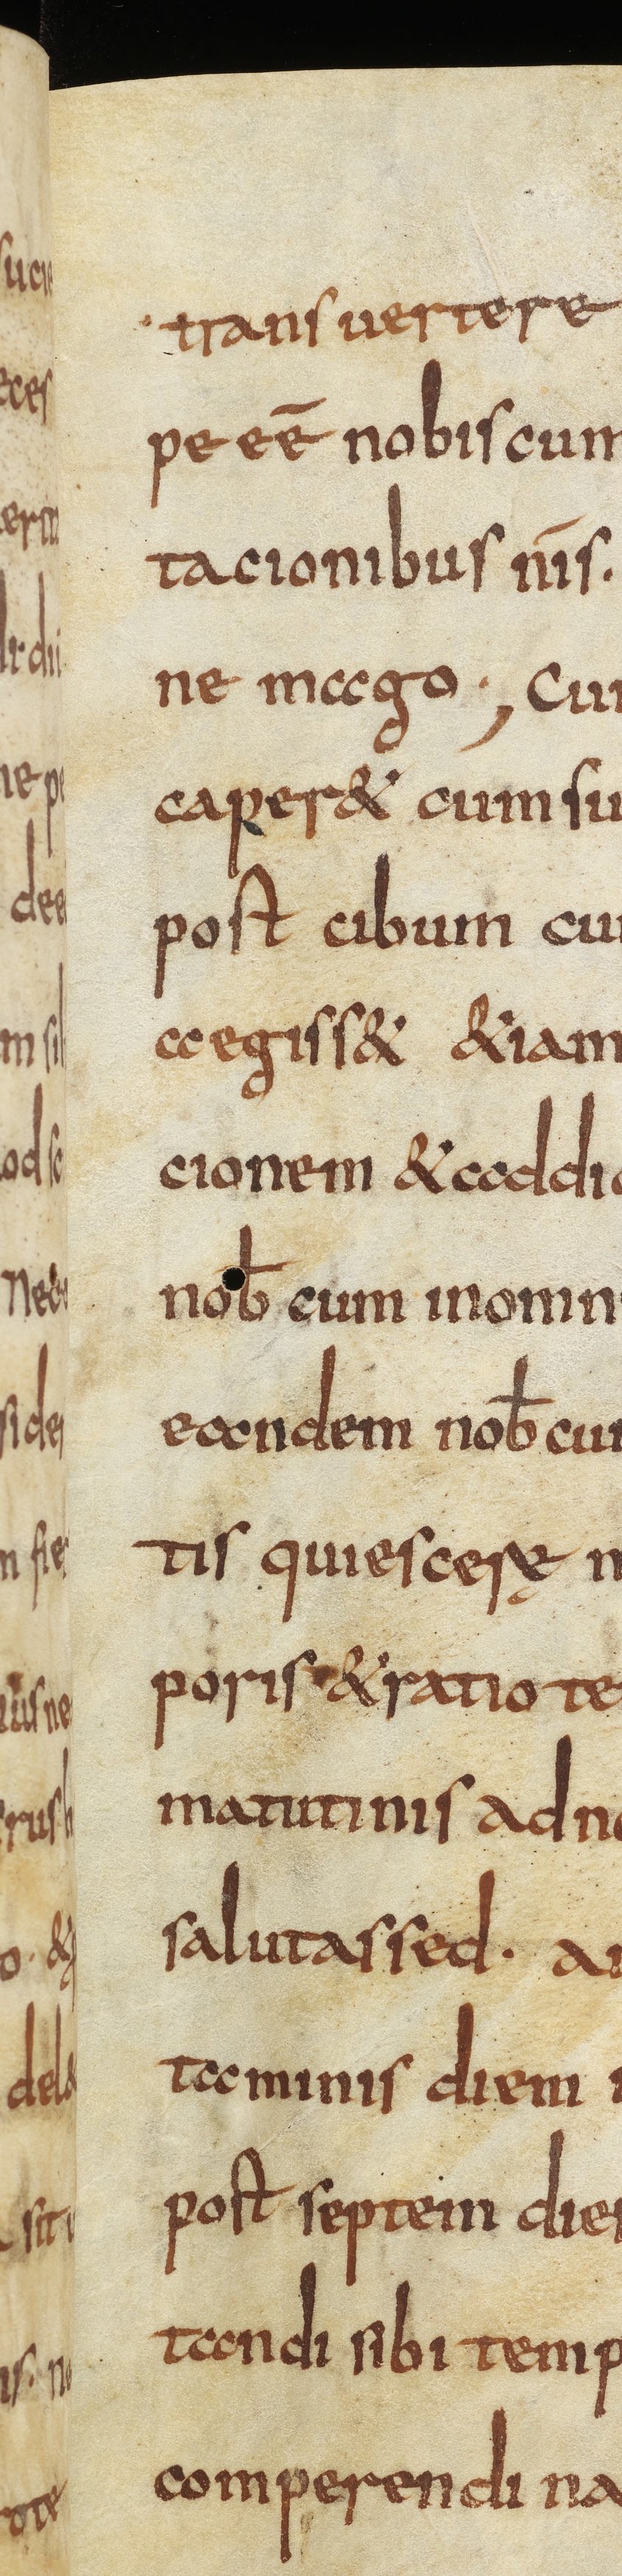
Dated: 835–865